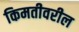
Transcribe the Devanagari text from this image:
किमतीवरील